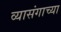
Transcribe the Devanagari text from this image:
व्यासंगाच्या